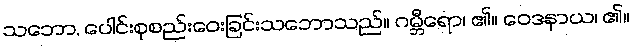
သဘော, ပေါင်းစုစည်းဝေးခြင်းသဘောသည်။ ဂမ္ဘီရော၊ ၏။ ဝေဒနာယ၊ ၏။